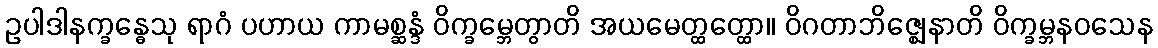
ဥပါဒါနက္ခန္ဓေသု ရာဂံ ပဟာယ ကာမစ္ဆန္ဒံ ဝိက္ခမ္ဘေတွာတိ အယမေတ္ထတ္ထော။ ဝိဂတာဘိဇ္ဈေနာတိ ဝိက္ခမ္ဘနဝသေန